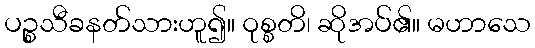
ပဉ္စသီခနတ်သားဟူ၍။ ဝုစ္စတိ၊ ဆိုအပ်၏။ မဟာသေ